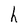
Character: h